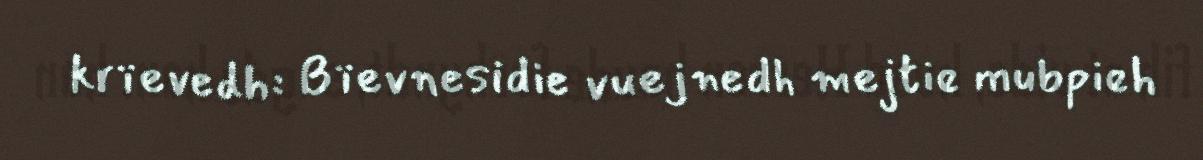
krïevedh: Bïevnesidie vuejnedh mejtie mubpieh